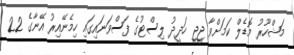
މަޝްހޫރު މޮޑެލް ކަމަށްވާ ޖީޖީ ހަދީދު ލިސްޓުގެ ފަސްވަނައިގައި ހިމެނޭއިރު އޭނާގެ 22